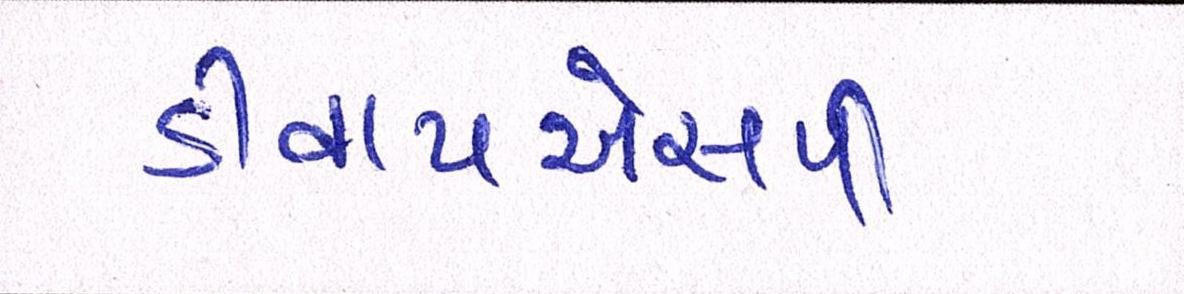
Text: ડીવાયએસપી